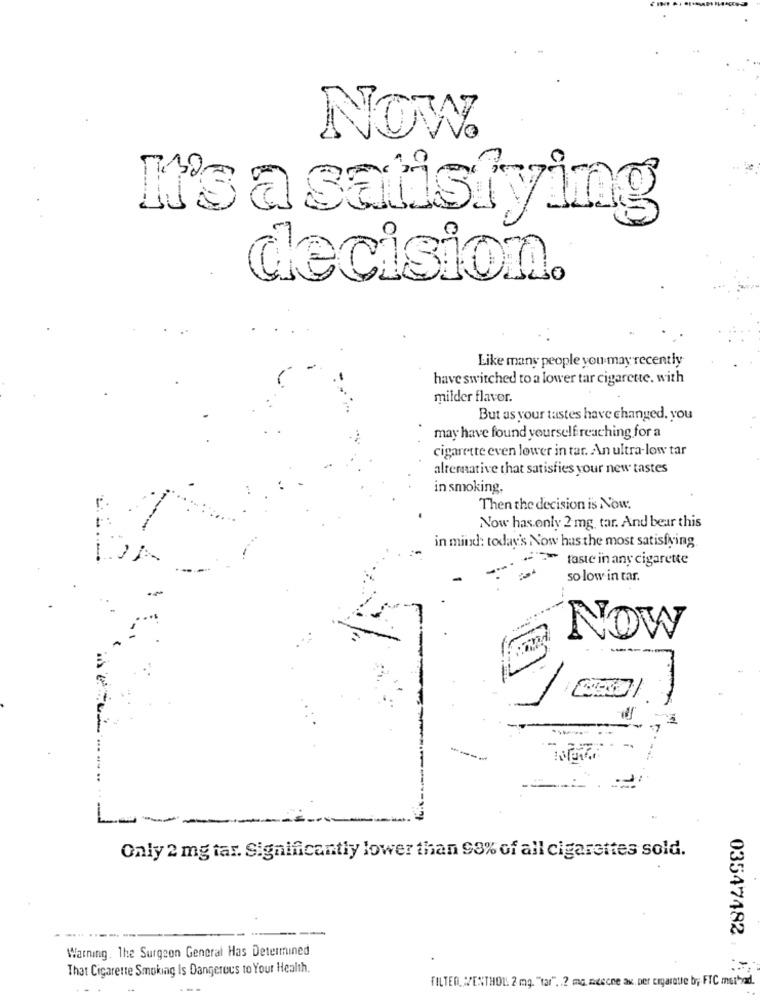
NOW.
It's a satisfying
decision.
Like many people you may recently
have switched to a lower tar cigarette. with
milder flavor.
But as your tastes have changed. you
may have found yourself reaching for a
cigarette even lower in tar. An ultra-low tar
alternative that satisfies your new tastes
in smoking.
Then the decision is Now.
Now has only 2 mg. tar. And bear this
in mind: today's Now has the most satisfying
taste in any cigarette
so low in tar.
NOW
L
-1
Only 2 mg tar. Significantly lower than 93% of all cigarettes sold.
-
Warning. The Surgeon General Has Determined
That Cigarette Smoking Is Dangerous to Your Health.
03547482 . ..
FILTER, MENTHOL 2 mg. "tar", ? ma mesene ax. per cigarette by FTC method.
---